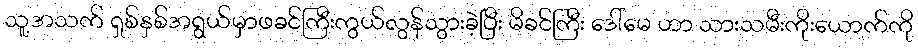
သူ့အသက် ရှစ်နှစ်အရွယ်မှာဖခင်ကြီးကွယ်လွန်သွားခဲ့ပြီး မိခင်ကြီး ဒေါ်မေ ဟာ သားသမီးကိုးယောက်ကို